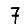
Digit: 7